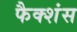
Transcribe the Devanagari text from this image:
फैक्शंस